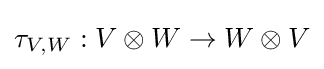
\tau _{V,W}:V\otimes W\rightarrow W\otimes V